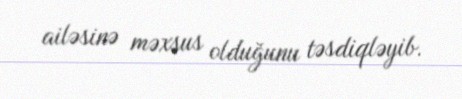
ailəsinə məxsus olduğunu təsdiqləyib.